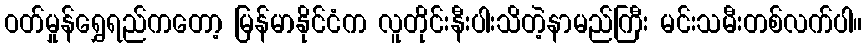
ဝတ်မှုန်ရွှေရည်ကတော့ မြန်မာနိုင်ငံက လူတိုင်းနီးပါးသိတဲ့နာမည်ကြီး မင်းသမီးတစ်လက်ပါ။